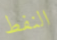
النفط